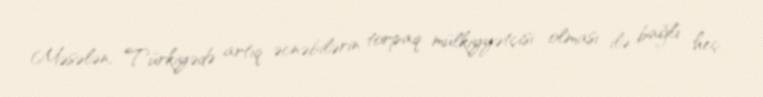
Məsələn, Türkiyədə artıq əcnəbilərin torpaq mülkiyyətçisi olması ilə bağlı heç